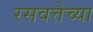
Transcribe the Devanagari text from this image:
रसवत्तेच्या